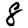
Digit: 8